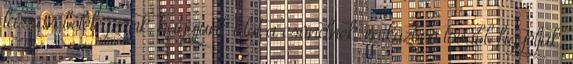
lassan belélegzünk, hagyjunk időt a csöndnek, miközben tovább figyeljük,